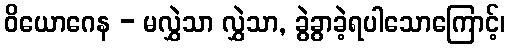
ဝိယောဂေန - မလွှဲသာ လွှဲသာ, ခွဲခွာခဲ့ရပါသောကြောင့်၊